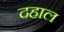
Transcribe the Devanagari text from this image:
दहाल